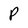
Character: P